Papers set at the Examination for Leaving Certificates, 1892
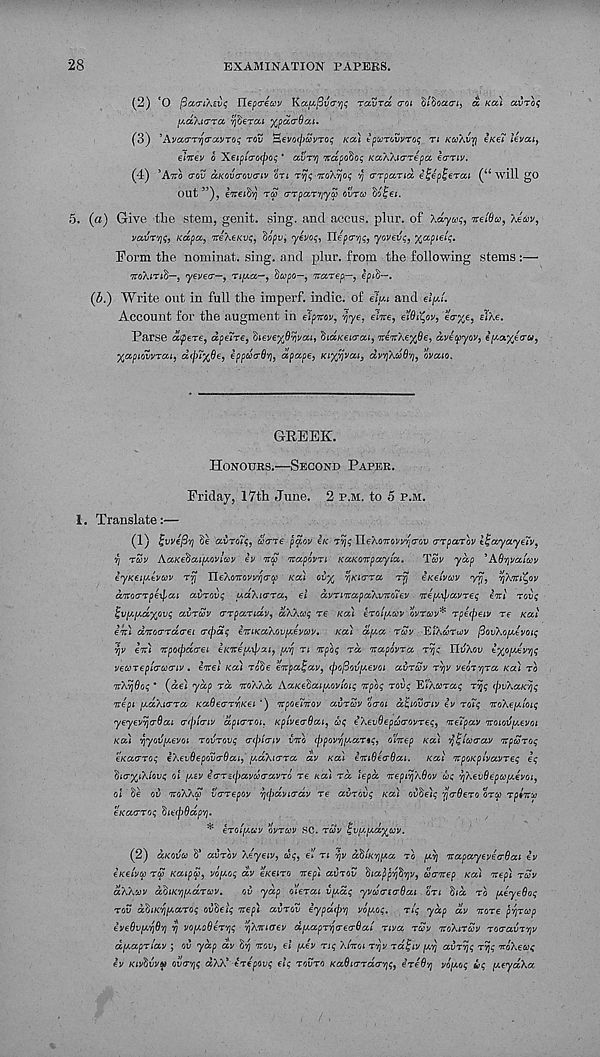
28
EXAMINATION PAPERS.
(2) ‘O fiao-iAEvi; Uepo-ecov Kcc/^jSva-'/ji; ravra aoi hlboacri, a KCC) <XVTO$
[^aXtiTTa 7jSerai ^pda-Occi.
(3) ’Avao-TyiravTOt; rov Hevo^uvrot; KOU tpvTwvroi; n KCOXVV) eK€i levou,
eiVev o ’X€ipicro(po<; * CCVT'/J ndpofiot; KccAXicrrepa ecrriv.
(4) ’ATTO (rov CCKOV(TOV<TLV on T’/jt;-TToX^og
(TTpaTid, e’fepjerai (“will go
out”), eTreiS'/j ra o-TparviyS) ovrco ^o^ei.
5. («) Give the stem, genit. sing, and accus. plur. of Xayw$, neiOco, Xe'dyv,
vavT'/ji;, Kccpcc, neXeKvs, Sopu, yevos, liepa-'fj;, yovevt;, ^apieli;.
Form the nominat. sing, and plur. from the following stems :—
TToXiTiS—, <y€V€(T—, 7l[A.a—^ dcopO—, 7T0CT6p—, l^iS—.
(&.) Write out in full the imperf. indie, of etui and ei^t.
Account for the augment in elpnov, yye, elite, elQi^ov, eo-%e, elXe.
Parse dtpere, dpeHre, heveyfi^vai, "biccKeia-ai, iteitKe^Oe, aveepyov, tis<OL%eo-u 9
Xapiowrcti, dcjnxOe, eppucrQi], dpape, Ki%7jvai } avTjXw^'^, ovaio.
GREEK.
HONOURS.—SECOND PAPER.
Friday, 17th June. 2 P.M. to 5 P.M.
1. Translate:—
(1) Jivvep'/j Se ccvTolq, wa-re p$ov eK 7~(\$ HeXoTtovv/io-ov (TTparov l^ccyayeiv,
TI rcov AccKebouixovlccv ev itcc itapovri KaKoitpayicc.
Tcov yap *A6r\va'iwv
eyKei^evwv TT} TleXoTtovv^arp KCC) ovx TjKterra rrj eKetvoov yyj, TfAitt^ov
ditoa-rpe^at avrovt; uaXurra, el dvrntapa'AvTtdtev nre^ypavreq eitt rovi;
^v^pidxovi; avruy crrparidv, aKAooq re KOU erolfAuy ovruv* rp6(j)eiv re Kat
eit) ditocrrao-ei erepaq eittKaXovixeycov. Ka) apa ruv EIXWTUJJ/ ftovKofAtvoiq
yjv eit) itpoepdcrei eKirepiiput, [/rq n itpoq rd Ttapovra rye TlvXov txo^evqq
veto7epi<rM(Tiv. entel Ka) rcSe eitpa^av, (poj3ovy.evot ai/rSv rv/v veo7r\ra KCL) ro
TtXyjOoq * (ael yap rd ntoXkd AaKetai^oytoiq itpoq rovq "E't'Xaraq ryg (pvXaKvjq
ire pi i^aAtcrra KaOeerrriKei ') itpoeiitov avrav oerot d^tovertv iv roTq 'itoXepeloiq
yeyevYjcrOai ercpicriv dpterroi. Kp'iverSai, uq eXevBepurovreq, iteTpav 'Kotov^evot
Ka) vjyovy.evot rovrovq crepicriy vito (ppov'qpoanq, olitep KOU 'q^icctray itpcoroq
eKaerroq iXevdepovcrOai, //.aXicrra dv Ka) eittBecrOai. Kat itpoKplvavreq eq
’bia'XiXiovq oi /AEV ecrrscpavuxravro re Kat rd lepd 'JteptvjXOov uq vjXevdepu/Aeyot,
oi Se ov itoXXa verrepov 7](pdyi<rdv re avrovq Ka) ov$e)q '/jerOero orq> rpiitp
eKaerroq diecpOap'q.
* eroiptuv ovrcov SC. ruv ^vy.fAcixcov.
(2) aKOvoo S* avrov Xeyetv, uq, el rt yjv d,hiKYi[Aa ro [XTJ itapayeveerOat ev
eKetva rS KatpSp, vofxoq dv eKeiro itep) avrov ^lapp'q^yjv, Scritep Ka) itep) ruv
aXXuv abiK'qixdrav.
ov ydp olerat vpaq yvcorierOai on bid TO [xeyeOoq
rov ddiK'qfxaroq ov'belq itep) avrov iypdepq voy.oq. rlq ydp dv itore prjrup
eveOvfAYjOri vj voyoOer^q ^Xitiaev dyapr-qo-eo-Oat rtva ruv itoXiruv roeravTqv
dyaprlav ; ov ydp dv 'b'q itov, el y.ev nq Xiitot r'qv rdjqiv yq avrvjq rvjq noXeug
ev KIV^VVU ovo-'qq aXX* erepovq elq rovro Kadicrrder'qq, ireOv) voyoq uq fxeyaXa